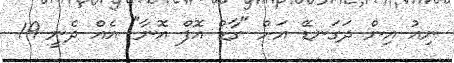
ނިއު އިން ދަގަނޑޭ އަށް "ގާޑް އޮފް އޮނާ" އެއް ދެނީ 19